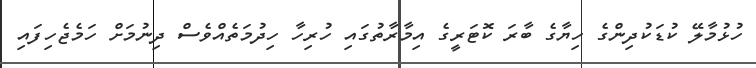
ހުޅުމާލޭ ކުޑަކުދިންގެ ހިޔާގެ ބާރަ ކޮޓަރީގެ އިމާރާތުގައި ހުރިހާ ހިދުމަތެއްވެސް ދިނުމަށް ހަމެޖެހިފައި